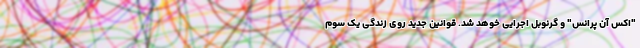
"اکس آن پرانس" و گرنوبل اجرایی خوهد شد. قوانین جدید روی زندگی یک سوم